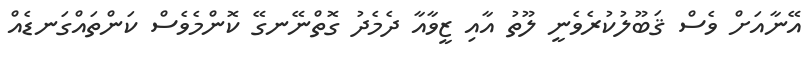
އޭނާއަށް ވެސް ޤަބޫލުކުރެވެނީ ލޫތު އާއި ޒީވާއާ ދެމެދު ގޮތްނޭނގޭ ކޮންމެވެސް ކަންތައްގަނޑެއް